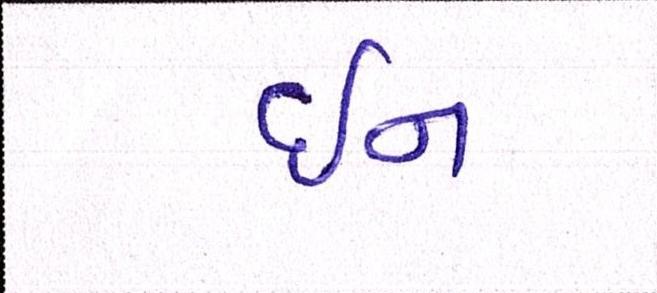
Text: ઇન